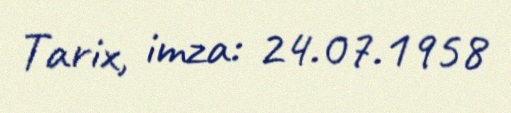
Tarix, imza: 24.07.1958